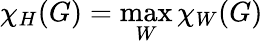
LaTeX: \chi_{H}(G)=\operatorname*{max}_{W}\chi_{W}(G)